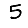
Digit: 5